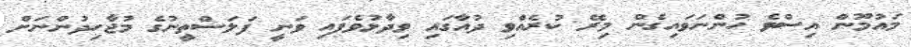
މައުމޫން އިސްވެ ހުންނަވައިގެން މިރޭ ކުރެއްވި ދުއާގައި ވިދާޅުވެފައި ވަނީ ފަލަސްތީނުގެ މުޖާހިދުންނަށް